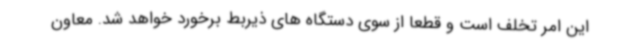
این امر تخلف است و قطعا از سوی دستگاه های ذیربط برخورد خواهد شد. معاون